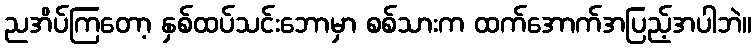
ညအိပ်ကြတော့ နှစ်ထပ်သင်းဘောမှာ စစ်သားက ထက်အောက်အပြည့်အပါဘဲ။